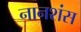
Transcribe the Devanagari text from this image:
नानशंस